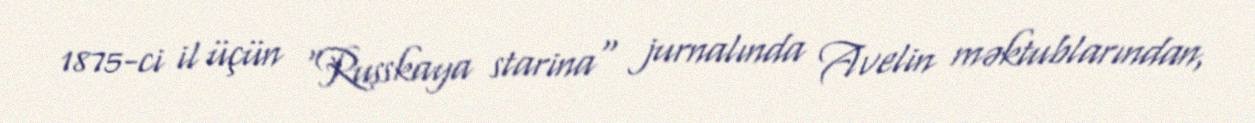
1875-ci il üçün "Russkaya starina" jurnalında Avelin məktublarından,